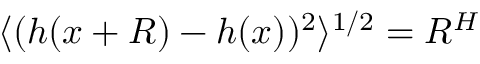
\langle ( h ( x + R ) - h ( x ) ) ^ { 2 } \rangle ^ { 1 / 2 } = R ^ { H }